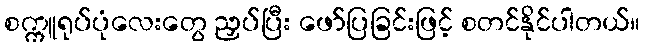
စက္ကူရုပ်ပုံလေးတွေ ညှပ်ပြီး ဖော်ပြခြင်းဖြင့် စတင်နိုင်ပါတယ်။